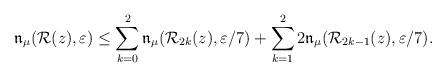
LaTeX: \begin{align*} \mathfrak{n}_\mu (\mathcal{R} (z), \varepsilon) \leq \sum_{k=0}^2 \mathfrak{n}_\mu (\mathcal{R}_{2k} (z), \varepsilon/7) + \sum_{k=1}^2 2\mathfrak{n}_\mu (\mathcal{R}_{2k-1} (z), \varepsilon/7) . \end{align*}